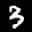
Label: 3